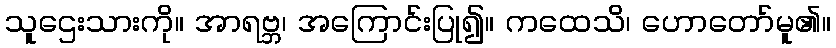
သူဌေးသားကို။ အာရဗ္ဘ၊ အကြောင်းပြု၍။ ကထေသိ၊ ဟောတော်မူ၏။